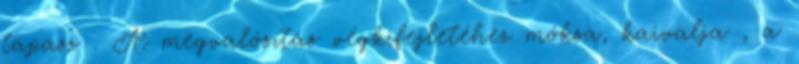
tapasz . A megvalósítás végkifejletéhez móksa, kaivalja , a